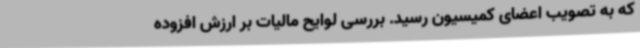
که به تصویب اعضای کمیسیون رسید. بررسی لوایح مالیات بر ارزش افزوده